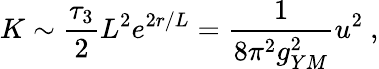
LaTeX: K\sim\frac{\tau_{3}}{2}L^{2}e^{2r/L}=\frac{1}{8\pi^{2}g_{YM}^{2}}u^{2}\ ,